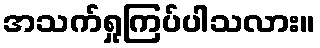
အသက်ရှုကြပ်ပါသလား။